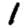
Digit: 1